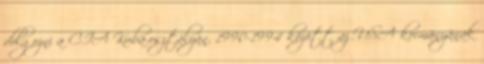
dolgozni a CIA Kuba-osztályán. 1990-1994 között az USA kormányának